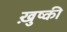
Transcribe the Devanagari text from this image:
ख़ुष्की